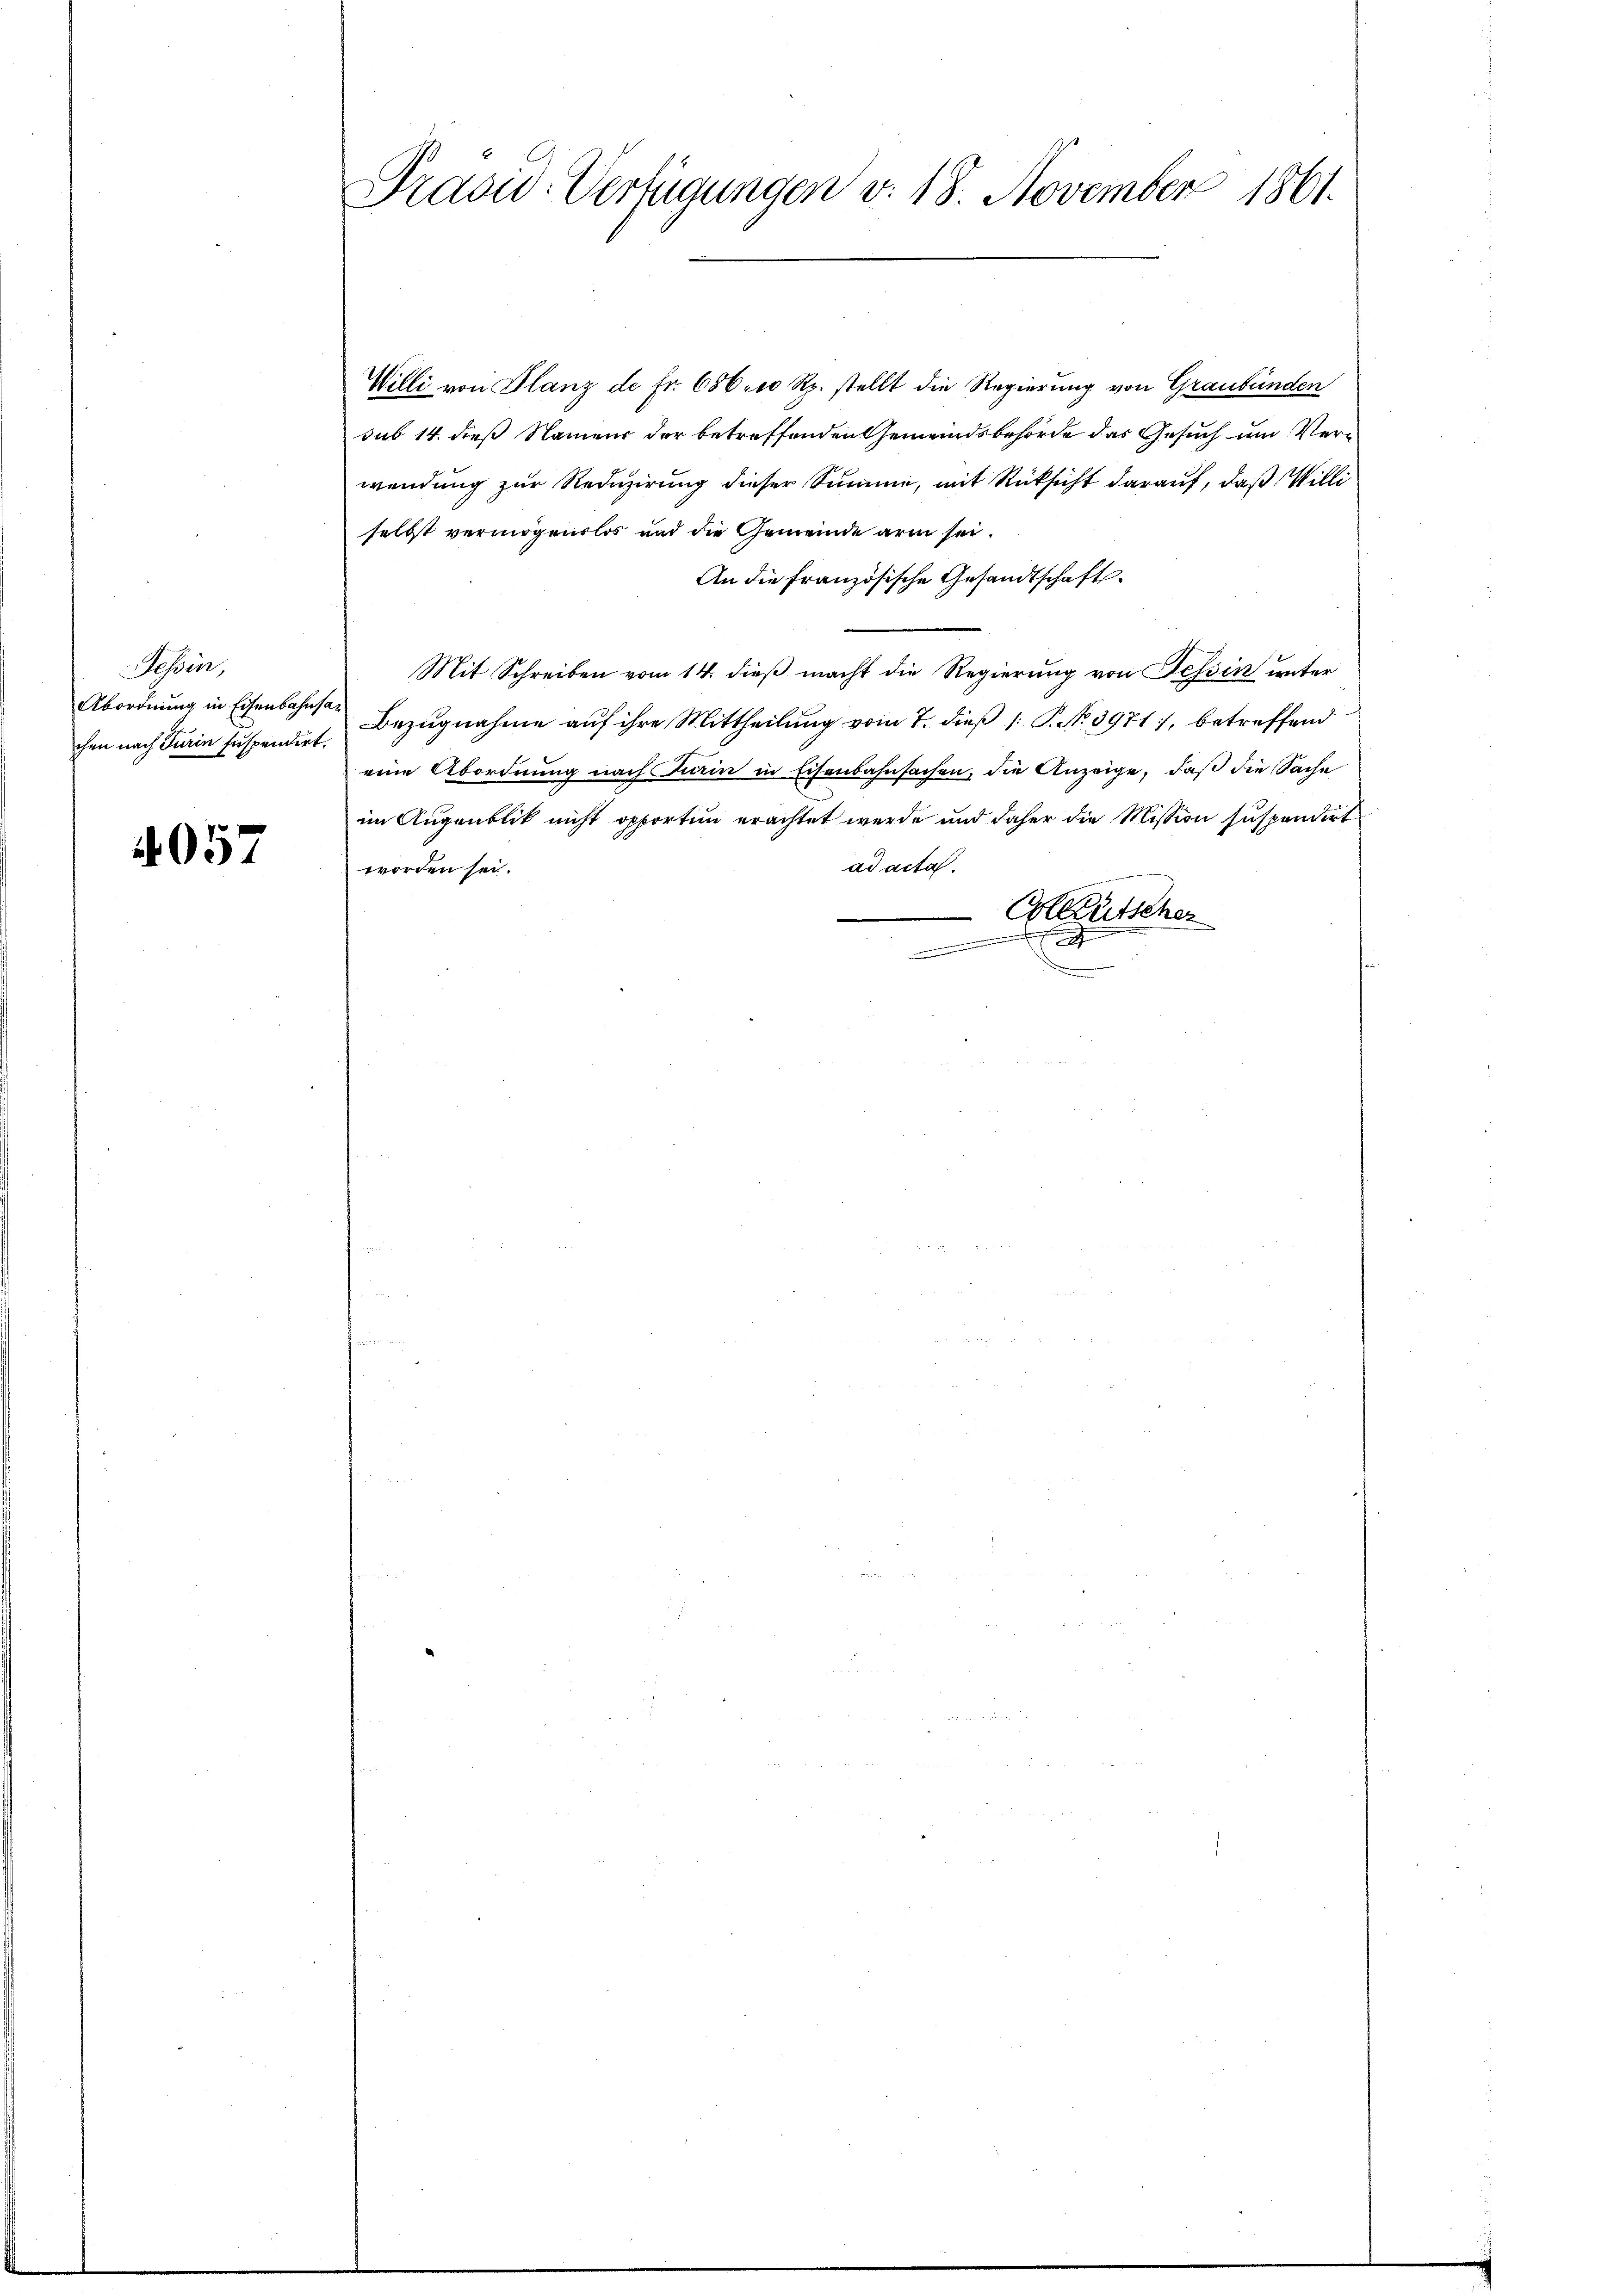
Jehin,
chen nach Turin suspendirt.

4057

Präsid-Verfügungen v. 18. November 1861.

Willi von Glanz de Fr. 686 10 Rp. stellt die Regierung von Graubünden
sub 14. dieß Namens der betreffenden Gemeindsbehörde das Gesuch und Verwendung zur Reduzirung dieser Summe, mit Rücksicht darauf, daß Willi
selbst vermögenslos und die Gemeinde arm sei.
An die Französische Gesandtschaft.
Mit Schreiben vom 14. dieß macht die Regierung von Tessin unter
Abordnung in Eisenbahnste Bezugnahme auf ihre Mittheilung vom 7. dieß 1: P. No. 39717, betreffend
eine Abordnung nach Turin in Eisenbahnsachen, die Anzeige, daß die Sache
im Augenblik nicht opporten erachtet werde und daher die Mission suspendirt
ad acta.
worden sei.
 Colleutscher
s